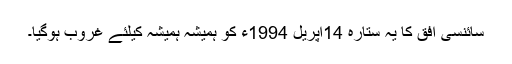
سائنسی افق کا یہ ستارہ 14اپریل 1994ء کو ہمیشہ ہمیشہ کیلئے غروب ہوگیا۔